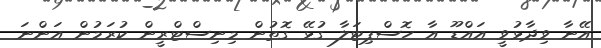
އޭނާ ވިދާޅުވީ އައްޑޫ އާ ހޮސްޕިޓަލާ ގުޅޭ ގޮތުން މިނިސްޓްރީން ކުރަމުން އަންނަ